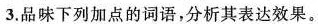
3.品味下列加点的词语，分析其表达效果。